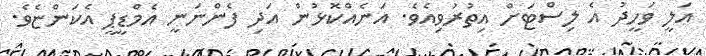
އަލީ ވަހީދު އެ ލިސްޓަށް އިތުރުވިއެވެ. އަނެއްކޮޅުން އަދި ފެންނަނީ އެމްޑީޕީ އެކަންޏެވެ.